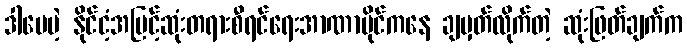
ဒါပေမဲ့ နိုင်ငံ့အမြင့်ဆုံးတရားစီရင်ရေးအာဏာပိုင်ကနေ ချမှတ်လိုက်တဲ့ ဆုံးဖြတ်ချက်က